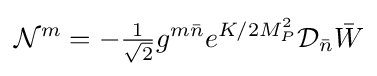
{\mathcal {N}}^{m}=-{\tfrac {1}{\sqrt {2}}}g^{m{\bar {n}}}e^{K/2M_{P}^{2}}{\mathcal {D}}_{\bar {n}}{\bar {W}}